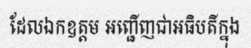
ដែលឯកឧត្តម អញ្ជើញជាអធិបតីក្នុង